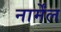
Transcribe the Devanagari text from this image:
नार्मेंल